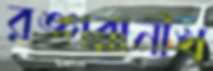
রঙ্গরানীখ